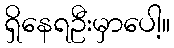
ရှိနေရဦးမှာပေါ့။